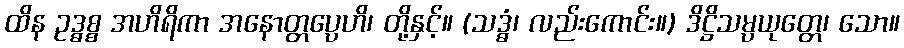
ထိန ဥဒ္ဓစ္စ အဟိရိကာ အနောတ္တပ္ပေဟိ၊ တို့နှင့်။ (သဒ္ဓံ၊ လည်းကောင်း။) ဒိဋ္ဌိသမ္ပယုတ္တေ၊ သော။